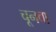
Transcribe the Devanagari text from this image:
चूनवा